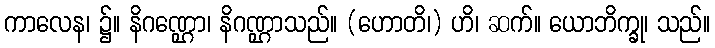
ကာလေန၊ ၌။ နိဂဏ္ဌော၊ နိဂဏ္ဌာသည်။ (ဟောတိ၊) ဟိ၊ ဆက်။ ယောဘိက္ခု၊ သည်။